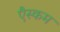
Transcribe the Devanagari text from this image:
एैस्कम